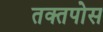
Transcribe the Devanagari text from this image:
तक्तपोस